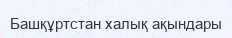
Башқұртстан халық ақындары